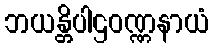
ဘယန္တိပါဌဝဏ္ဏနာယံ